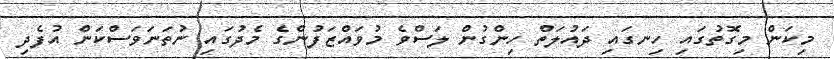
މިކަން މިގޮތުގައި ހިނގައި ދައުލަތް ހިންގުން ލަސްވެ މުވައްޒަފުންގެ މެދުގައި ނުތަނަވަސްކަން އުފެދި